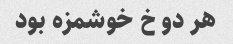
هر دو خ خوشمزه بود